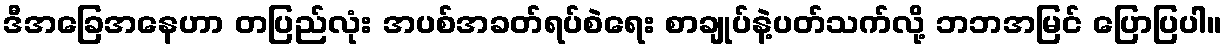
ဒီအခြေအနေဟာ တပြည်လုံး အပစ်အခတ်ရပ်စဲရေး စာချုပ်နဲ့ပတ်သက်လို့ ဘဘအမြင် ပြောပြပါ။